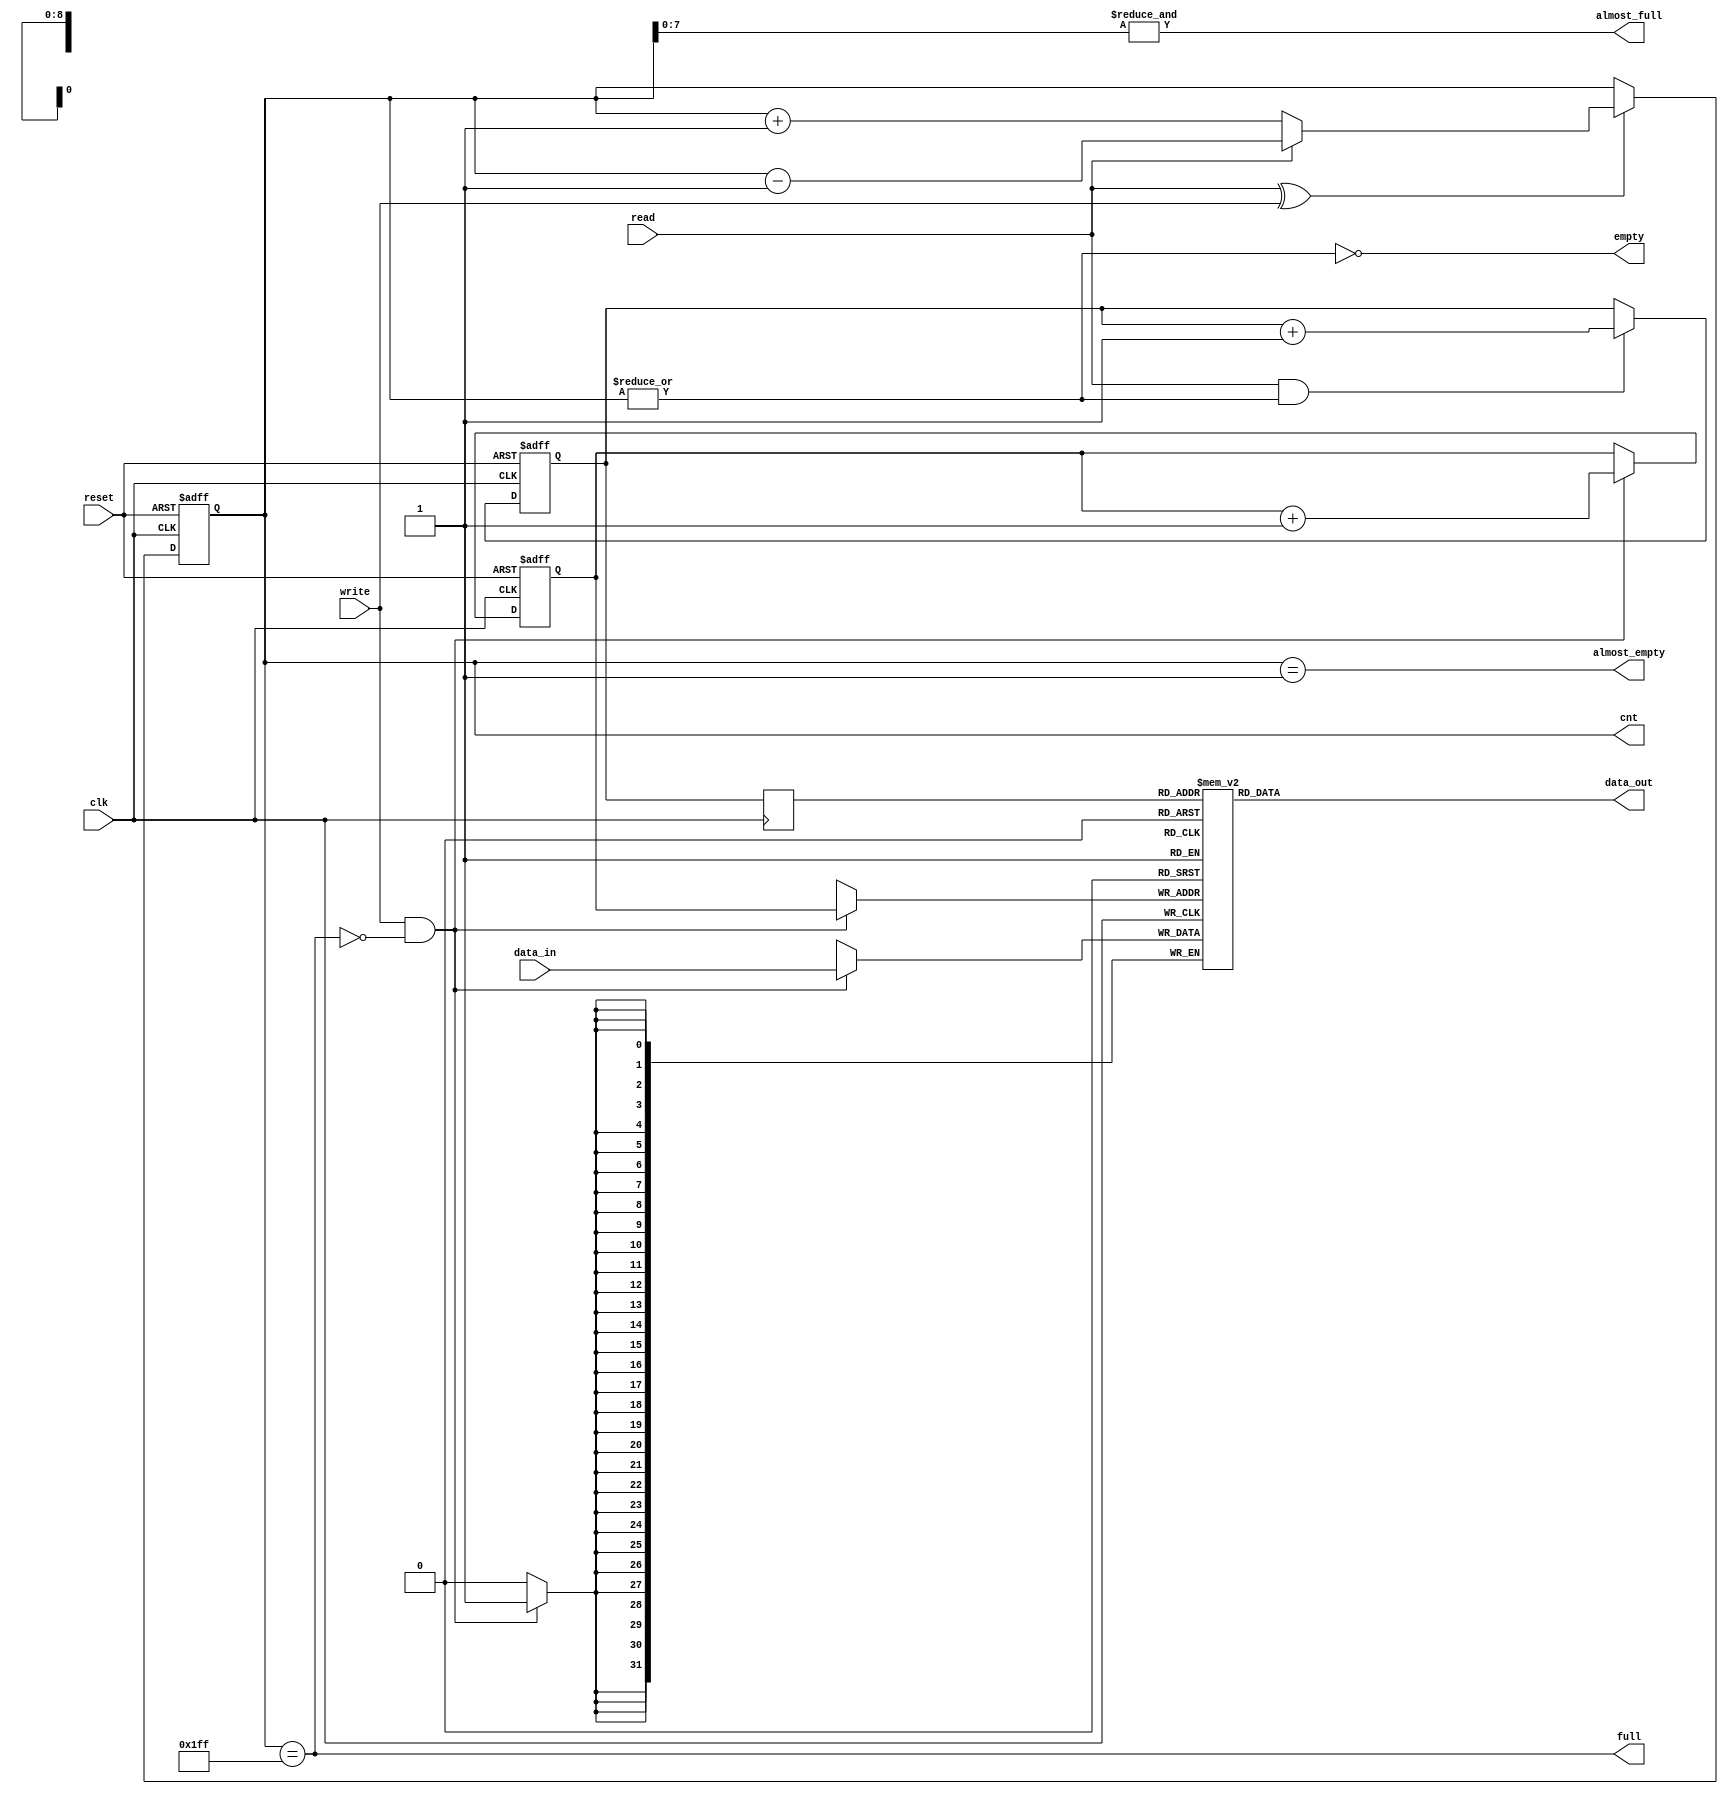
//////////////////////////////////////////////////////////////////////
////                                                              ////
////  eth_fifo.v                                                  ////
////                                                              ////
////  This file is part of the Ethernet IP core project           ////
////  http://www.opencores.org/projects/ethmac/                   ////
////                                                              ////
////  Author(s):                                                  ////
////      - Igor Mohor (igorM@opencores.org)                      ////
////                                                              ////
////  All additional information is avaliable in the Readme.txt   ////
////  file.                                                       ////
////                                                              ////
//////////////////////////////////////////////////////////////////////
////                                                              ////
//// Copyright (C) 2001 Authors                                   ////
////                                                              ////
//// This source file may be used and distributed without         ////
//// restriction provided that this copyright statement is not    ////
//// removed from the file and that any derivative work contains  ////
//// the original copyright notice and the associated disclaimer. ////
////                                                              ////
//// This source file is free software; you can redistribute it   ////
//// and/or modify it under the terms of the GNU Lesser General   ////
//// Public License as published by the Free Software Foundation; ////
//// either version 2.1 of the License, or (at your option) any   ////
//// later version.                                               ////
////                                                              ////
//// This source is distributed in the hope that it will be       ////
//// useful, but WITHOUT ANY WARRANTY; without even the implied   ////
//// warranty of MERCHANTABILITY or FITNESS FOR A PARTICULAR      ////
//// PURPOSE.  See the GNU Lesser General Public License for more ////
//// details.                                                     ////
////                                                              ////
//// You should have received a copy of the GNU Lesser General    ////
//// Public License along with this source; if not, download it   ////
//// from http://www.opencores.org/lgpl.shtml                     ////
////                                                              ////
//////////////////////////////////////////////////////////////////////
//
// CVS Revision History
//
// $Log: not supported by cvs2svn $
// Revision 1.5  2005/04/13 20:32           btltz
// expand depth for use. change to asychronous read. output comment. delete all delay
// use Xilinx block dpRAM template style. not use clear.
//
// Revision 1.4  2005/02/21 12:48:07  igorm
// Warning fixes.
//
// Revision 1.3  2002/04/22 13:45:52  mohor
// Generic ram or Xilinx ram can be used in fifo (selectable by setting
// ETH_FIFO_XILINX in eth_defines.v).
//
// Revision 1.2  2002/03/25 13:33:04  mohor
// When clear and read/write are active at the same time, cnt and pointers are
// set to 1.
//
// Revision 1.1  2002/02/05 16:44:39  mohor
// Both rx and tx part are finished. Tested with wb_clk_i between 10 and 200
// MHz. Statuses, overrun, control frame transmission and reception still  need
// to be fixed.
//
//


//`include "timescale.v"
`define XIL_BRAM	    //Use Xilinx block RAM
//`define XIL_DISRAM	 //Use Xilinx distributed RAM
`define reset   1     //WISHBONE style reset

module eth_fifo (data_in, data_out, clk, reset, write, read, almost_full, full, almost_empty, empty, cnt);

parameter DATA_WIDTH    = 32;
parameter DEPTH         = 511;
parameter CNT_WIDTH     = (DEPTH <= 7) ?  3 :
                          ((DEPTH <= 15) ? 4 :
									 ((DEPTH <= 31) ? 5 :
									  ((DEPTH <= 63) ? 6 :
									   ((DEPTH <= 127) ? 7 :
										 ((DEPTH <= 255) ? 8 :
										  ((DEPTH <= 511) ? 9 :
										   ((DEPTH <= 1023) ? 10 :
											 ((DEPTH <= 2047) ? 11 :
											  ((DEPTH <= 4095) ? 12 : 'bx   // Add more ?
											   )))))))));

//parameter Tp            = 1;

input                     clk;
input                     reset;
input                     write;
input                     read;
// input                     clear;
input   [DATA_WIDTH-1:0]  data_in;

output  [DATA_WIDTH-1:0]  data_out;
output                    almost_full;
output                    full;
output                    almost_empty;
output                    empty;
output  [CNT_WIDTH-1:0]   cnt;

`ifdef ETH_FIFO_XILINX
`else
  `ifdef ETH_ALTERA_ALTSYNCRAM
  `else
    reg     [DATA_WIDTH-1:0]  dpRam  [0:DEPTH-1];
   // reg     [DATA_WIDTH-1:0]  data_out;
  `endif
`endif

reg     [CNT_WIDTH-1:0]   cnt;
reg     [CNT_WIDTH-1:0]   read_pointer;
reg     [CNT_WIDTH-1:0]   write_pointer;


always @ (posedge clk or posedge reset)
begin
  if(reset)
    cnt <= 0;
  else
  if(read ^ write)
    if(read)
      cnt <= cnt - 1'b1;
    else
      cnt <= cnt + 1'b1;
end

always @ (posedge clk or posedge reset)
begin
  if(reset)
    read_pointer <= 0;
  else
  if(read & ~empty)
    read_pointer <= read_pointer + 1'b1;
end

always @ (posedge clk or posedge reset)
begin
  if(reset)
    write_pointer <= 0;
  else
  if(write & ~full)
    write_pointer <= write_pointer + 1'b1;
end

// UNregistered outputs. assert while clk after low->high + gate latency
assign empty = ~(|cnt);			     
assign almost_empty = cnt == 1;		       //pulse output
assign full  = cnt == DEPTH;
assign almost_full  = &cnt[CNT_WIDTH-2:0]; //pulse output



`ifdef ETH_FIFO_XILINX
  xilinx_dist_ram_16x32 fifo
  ( .data_out(data_out), 
    .we(write & ~full),
    .data_in(data_in),
    .read_address( clear ? {CNT_WIDTH-1{1'b0}} : read_pointer),
    .write_address(clear ? {CNT_WIDTH-1{1'b0}} : write_pointer),
    .wclk(clk)
  );
`else   // !ETH_FIFO_XILINX
`ifdef ETH_ALTERA_ALTSYNCRAM
  altera_dpram_16x32	altera_dpram_16x32_inst
  (
  	.data             (data_in),
  	.wren              (write & ~full),
  	.wraddress        (clear ? {CNT_WIDTH-1{1'b0}} : write_pointer),
  	.rdaddress        (clear ? {CNT_WIDTH-1{1'b0}} : read_pointer ),
  	.clock            (clk),
  	.q                (data_out)
  );  //exemplar attribute altera_dpram_16x32_inst NOOPT TRUE
`else   // !ETH_ALTERA_ALTSYNCRAM

`ifdef XIL_BRAM
reg [CNT_WIDTH-1:0]  rp1;
 always @ (posedge clk) begin 
  if(write & ~full)
      dpRam[write_pointer] <= data_in;
  rp1 <= read_pointer;
  end	   

assign   data_out = dpRam[rp1];   // if use block RAM, 1 clock data output latency 
`else 
  always @ (posedge clk) begin 
  if(write & ~full)
      dpRam[write_pointer] <= data_in;	 
  end	    
  assign   data_out = dpRam[read_pointer]; 
`endif

`endif  // !ETH_ALTERA_ALTSYNCRAM
`endif  // !ETH_FIFO_XILINX


endmodule

`undef reset
`undef XIL_BRAM